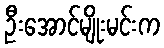
ဦးအောင်မျိုးမင်းက